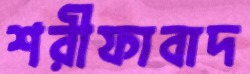
শরীফাবাদ